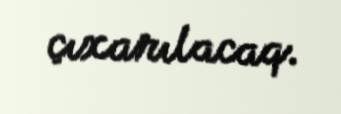
çıxarılacaq.